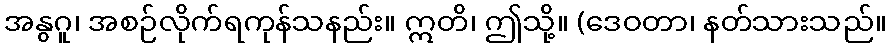
အနွဂူ၊ အစဉ်လိုက်ရကုန်သနည်း။ ဣတိ၊ ဤသို့။ (ဒေဝတာ၊ နတ်သားသည်။